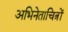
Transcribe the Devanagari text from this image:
अभिनेताचित्रों